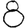
Digit: 8